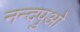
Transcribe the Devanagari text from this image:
नन्दपुओ